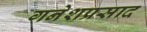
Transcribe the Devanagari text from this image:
गनेशप्रसाद